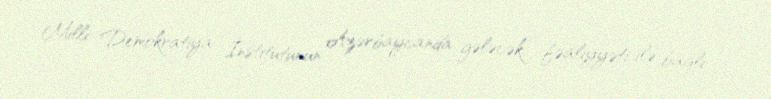
Milli Demokratiya İnstitutunun Azərbaycanda gələcək fəaliyyəti ilə bağlı